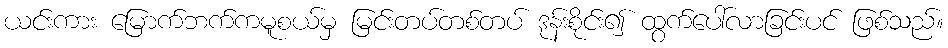
ယင်းကား မြောက်ဘက်ကမူစယ်မှ မြင်းတပ်တစ်တပ် ဒုန်းစိုင်း၍ ထွက်ပေါ်လာခြင်းပင် ဖြစ်သည်။